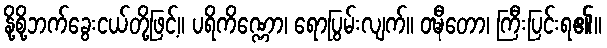
နို့စို့ဘက်ခွေးငယ်တို့ဖြင့်။ ပရိကိဏ္ဏော၊ ရောပြွမ်းလျက်။ ဝဍ္ဎီတော၊ ကြီးပြင်းရ၏။